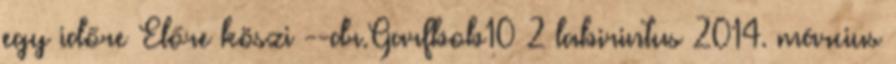
egy időre Előre köszi --dr.Garfbob10 2 labirintus 2014. március